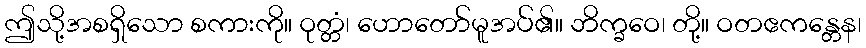
ဤသို့အစရှိသော စကားကို။ ဝုတ္တံ၊ ဟောတော်မူအပ်၏။ ဘိက္ခဝေ၊ တို့။ ဝတဧကန္တေန၊